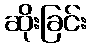
ဆိုးခြင်း